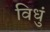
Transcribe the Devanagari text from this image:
विधुं